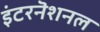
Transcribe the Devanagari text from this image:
इंटरनॆशनल